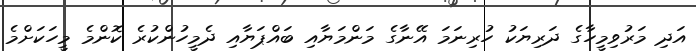
އަދި މަރުވިމީހާގެ ދަރިޔަކު ހުރިނަމަ އޭނާގެ މަންމަޔާއި ބައްޕަޔާއި ދެމީހުންކުރެ ކޮންމެ މީހަކަށްމެ